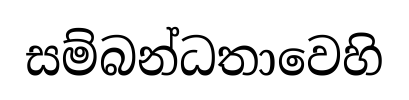
සම්බන්ධතාවෙහි